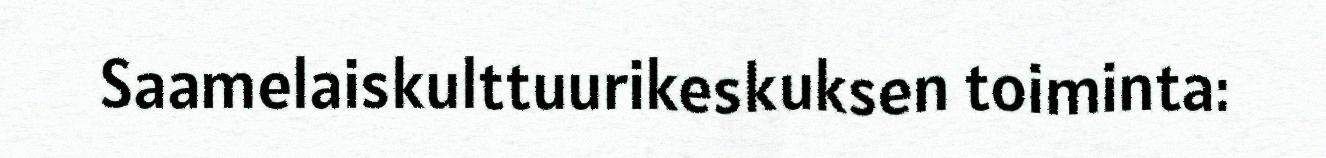
Saamelaiskulttuurikeskuksen toiminta: